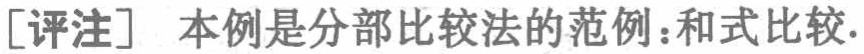
[评注] 本例是分部比较法的范例：和式比较.